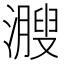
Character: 㵻